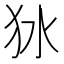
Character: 𤝎